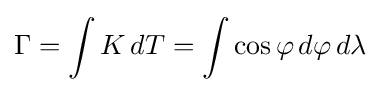
\Gamma =\int K\,dT=\int \cos \varphi \,d\varphi \,d\lambda